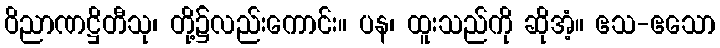
ဝိညာဏဋ္ဌိတီသု၊ တို့၌လည်းကောင်း။ ပန၊ ထူးသည်ကို ဆိုအံ့။ ဧသ-ဧသော